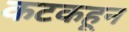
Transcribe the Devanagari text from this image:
कटकहून